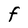
Character: F